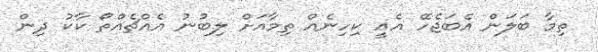
ތިމާ ބަލަން އެބަޖެހޭ އެއީ ކިހިނެއް ތިމާއަށް ލިބުނު އެއްޗެއްތޯ ކާކު ދިން